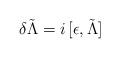
LaTeX: \begin{align*}\delta\tilde\Lambda=i\,[\epsilon,\tilde\Lambda]\end{align*}